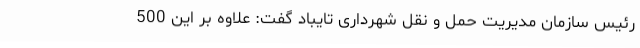
رئیس سازمان مدیریت حمل و نقل شهرداری تایباد گفت: علاوه بر این 500